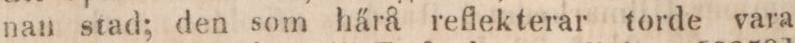
nan stad; den som härå reflekterar torde vara